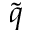
\tilde { q }